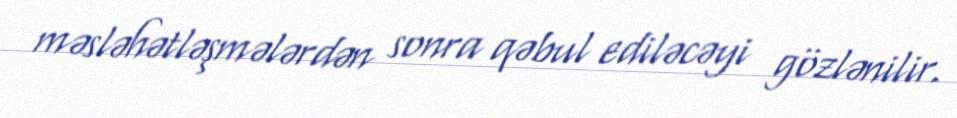
məsləhətləşmələrdən sonra qəbul ediləcəyi gözlənilir.